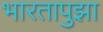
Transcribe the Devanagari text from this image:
भारतापुझा